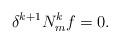
LaTeX: \begin{align*}\delta^{k+1} N_m^k f = 0.\end{align*}